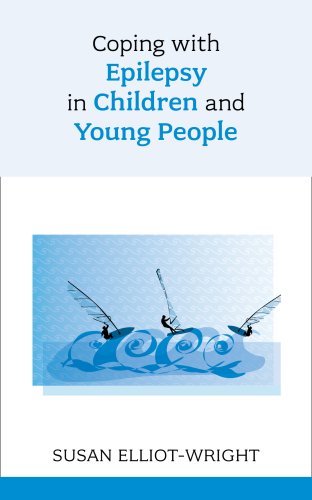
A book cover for Coping with Epilepsy in Children and Young People; Susan Elliot-Wright; Health, Fitness & Dieting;